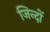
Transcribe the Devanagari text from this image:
जिन्दों